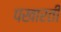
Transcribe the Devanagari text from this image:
पखारती